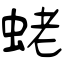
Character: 蛯